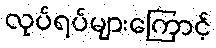
လုပ်ရပ်များကြောင့်